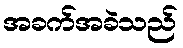
အခက်အခဲသည်